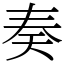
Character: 奏